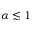
\alpha \lesssim 1